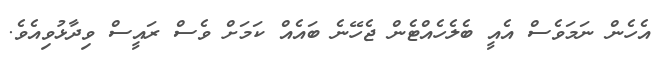
އެހެން ނަމަވެސް އެއީ ބެލެހެއްޓެން ޖެހޭނެ ބައެއް ކަމަށް ވެސް ރައީސް ވިދާޅުވިއެވެ.